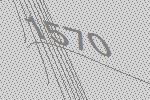
1570